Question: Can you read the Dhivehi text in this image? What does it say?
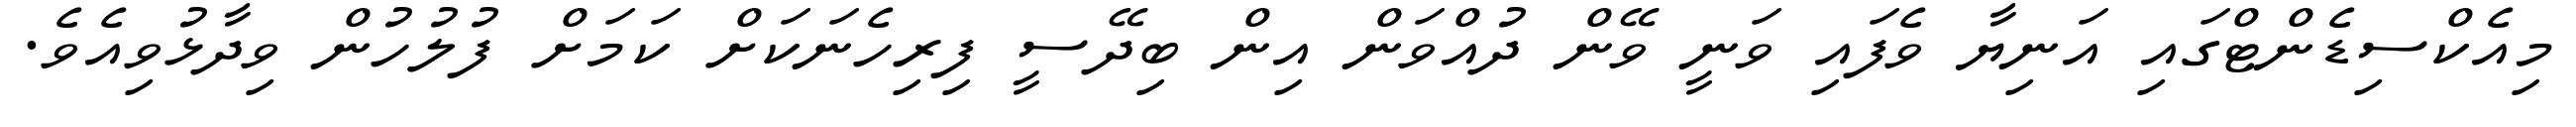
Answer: މިއެކްސިޑެންޓްގައި އަނިޔާ ވެފައި ވަނީ ވޭން ދުއްވަން އިން ބިދޭސީ ފިރިހެނަކަށް ކަމަށް ފުލުހުން ވިދާޅުވިއެވެ.